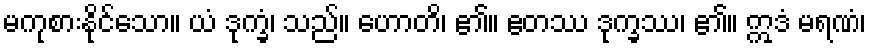
မကုစားနိုင်သော။ ယံ ဒုက္ခံ၊ သည်။ ဟောတိ၊ ၏။ ဧတဿ ဒုက္ခဿ၊ ၏။ ဣဒံ မရဏံ၊